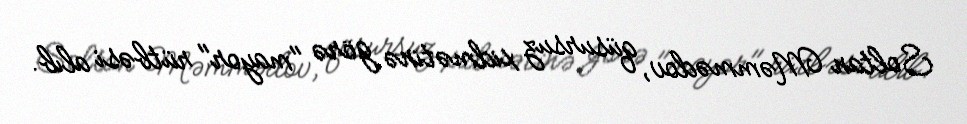
Soltan Məmmədov, qüsursuz xidmətinə görə "mayor" rütbəsi alıb.